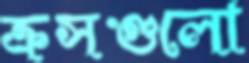
ক্রসগুলো